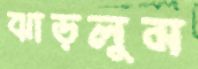
ঝাড়লুম